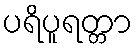
ပရိပူရတ္တာ